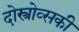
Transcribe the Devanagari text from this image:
दोस्त्रोव्सकी